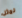
نمثل